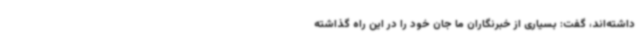
داشته‌اند، گفت: بسیاری از خبرنگاران ما جان خود را در این راه گذاشته